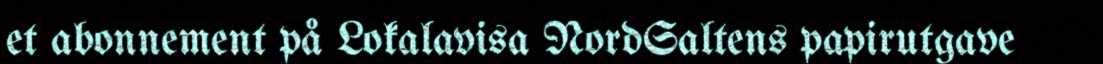
et abonnement på Lokalavisa NordSaltens papirutgave